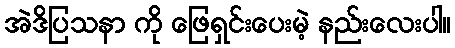
အဲဒိပြသနာ ကို ဖြေရှင်းပေးမဲ့ နည်းလေးပါ။